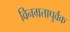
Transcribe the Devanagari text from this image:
विनम्रतापुर्वक